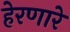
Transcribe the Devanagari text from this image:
हेरणारे